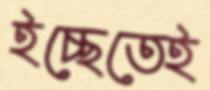
ইচ্ছেতেই